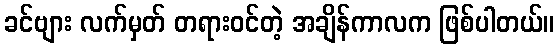
ခင်ဗျား လက်မှတ် တရားဝင်တဲ့ အချိန်ကာလက ဖြစ်ပါတယ်။